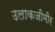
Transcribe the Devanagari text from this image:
उलाकजीमीर